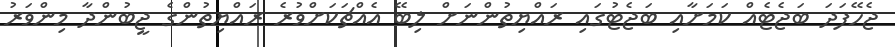
ޖެހޭފަދަ ބަޖެޓެއް ކަމަށާއި ބަޖެޓުގައި ރައްޔިތުންނަށް ލިބޭ އެއްޗަކަށްވުރެ ރައްޔިތުންގެ ޖީބުންދާ މިންވަރު